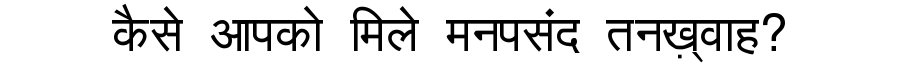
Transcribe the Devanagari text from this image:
कैसे आपको मिले मनपसंद तनख़्वाह?